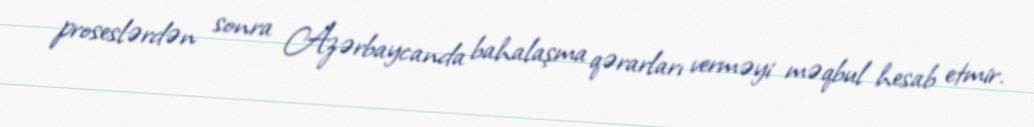
proseslərdən sonra Azərbaycanda bahalaşma qərarları verməyi məqbul hesab etmir.